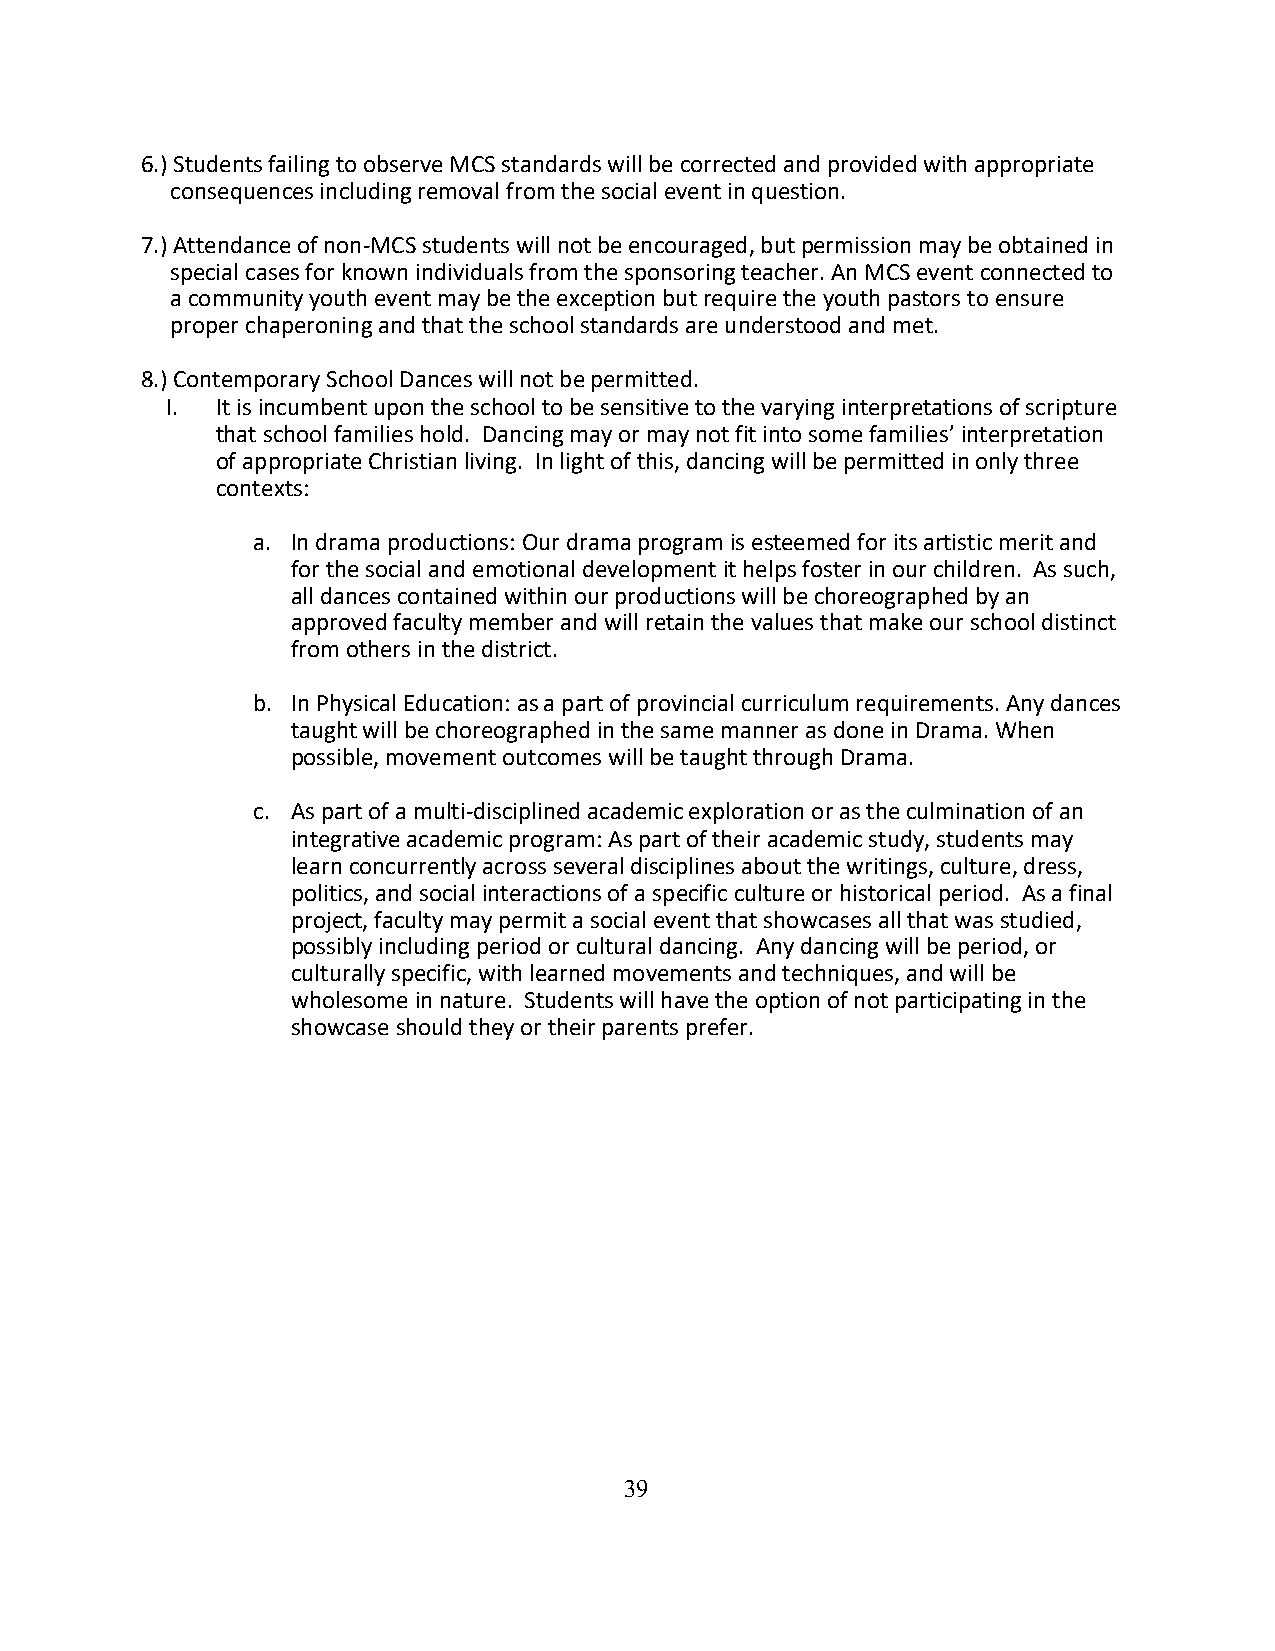
6.) Students failing to observe MCS standards will be corrected and provided with appropriate
 consequences including removal from the social event in question.
 7.) Attendance of non-MCS students will not be encouraged, but permission may be obtained in
 special cases for known individuals from the sponsoring teacher. An MCS event connected to
 a community youth event may be the exception but require the youth pastors to ensure
 proper chaperoning and that the school standards are understood and met.
 8.) Contemporary School Dances will not be permitted.
 I. It is incumbent upon the school to be sensitive to the varying interpretations of scripture
 that school families hold. Dancing may or may not fit into some families’ interpretation
 of appropriate Christian living. In light of this, dancing will be permitted in only three
 contexts:
 a. In drama productions: Our drama program is esteemed for its artistic merit and
 for the social and emotional development it helps foster in our children. As such,
 all dances contained within our productions will be choreographed by an
 approved faculty member and will retain the values that make our school distinct
 from others in the district.
 b. In Physical Education: as a part of provincial curriculum requirements. Any dances
 taught will be choreographed in the same manner as done in Drama. When
 possible, movement outcomes will be taught through Drama.
 c. As part of a multi-disciplined academic exploration or as the culmination of an
 integrative academic program: As part of their academic study, students may
 learn concurrently across several disciplines about the writings, culture, dress,
 politics, and social interactions of a specific culture or historical period. As a final
 project, faculty may permit a social event that showcases all that was studied,
 possibly including period or cultural dancing. Any dancing will be period, or
 culturally specific, with learned movements and techniques, and will be
 wholesome in nature. Students will have the option of not participating in the
 showcase should they or their parents prefer.
 39